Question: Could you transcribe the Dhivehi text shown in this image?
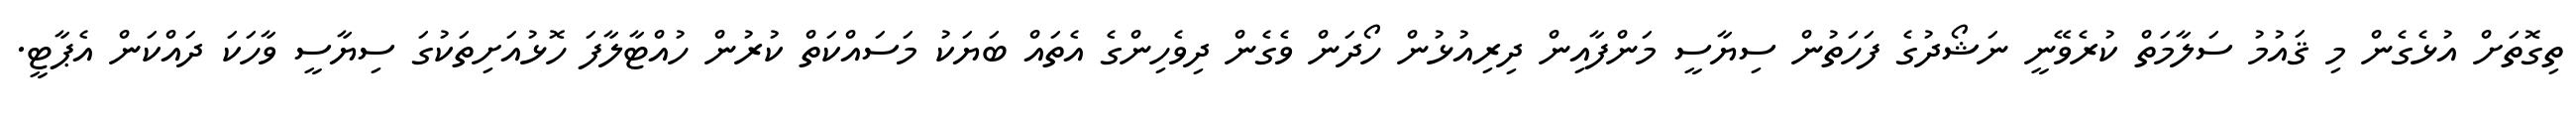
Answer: ތިގޮތަށް އުޅެގެން މި ޤައުމު ސަލާމަތް ކުރެވޭނީ ނަޝޯދުގެ ފަހަތުން ސިޔާސީ މަންފާއިން ދިރިއުޅުން ހޯދަން ވެގެން ދިވެހިންގެ އެތައް ބަޔަކު މަސައްކަތް ކުރުން ހުއްޓާލާފަ ހޮޅުއަށިތަކުގަ ސިޔާސީ ވާހަކަ ދައްކަން އެޕާޓީ.